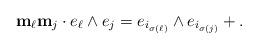
LaTeX: \begin{align*}\mathbf{m}_\ell \mathbf{m}_j\cdot e_\ell \wedge e_j = e_{i_{\sigma(\ell)}} \wedge e_{i_{\sigma(j)}} + .\end{align*}